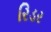
રિડર